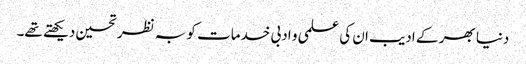
دنیا بھر کے ادیب ان کی علمی و ادبی خدمات کو بہ نظر تحسین دیکھتے تھے۔